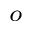
^ o